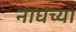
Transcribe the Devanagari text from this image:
नाघंच्या